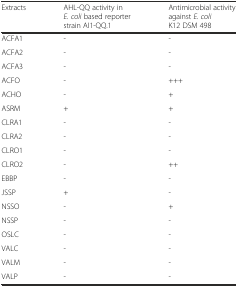
<table><thead><tr><td><b>Extracts</b></td><td><b>AHL-QQ activity in <i>E. coli</i> based reporter strain AI1-QQ.1</b></td><td><b>Antimicrobial activity against <i>E. coli</i> K12 DSM 498</b></td></tr></thead><tbody><tr><td>ACFA1</td><td>-</td><td>-</td></tr><tr><td>ACFA2</td><td>-</td><td>-</td></tr><tr><td>ACFA3</td><td>-</td><td>-</td></tr><tr><td>ACFO</td><td>-</td><td>+++</td></tr><tr><td>ACHO</td><td>-</td><td>+</td></tr><tr><td>ASRM</td><td>+</td><td>+</td></tr><tr><td>CLRA1</td><td>-</td><td>-</td></tr><tr><td>CLRA2</td><td>-</td><td>-</td></tr><tr><td>CLRO1</td><td>-</td><td>-</td></tr><tr><td>CLRO2</td><td>-</td><td>++</td></tr><tr><td>EBBP</td><td>-</td><td>-</td></tr><tr><td>JSSP</td><td>+</td><td>-</td></tr><tr><td>NSSO</td><td>-</td><td>+</td></tr><tr><td>NSSP</td><td>-</td><td>-</td></tr><tr><td>OSLC</td><td>-</td><td>-</td></tr><tr><td>VALC</td><td>-</td><td>-</td></tr><tr><td>VALM</td><td>-</td><td>-</td></tr><tr><td>VALP</td><td>-</td><td>-</td></tr></tbody></table>